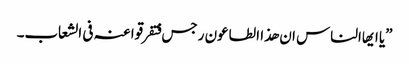
”یا ایھاالناس ان ھذا الطاعون رجس فتفرقوا عنہ فی الشعاب۔